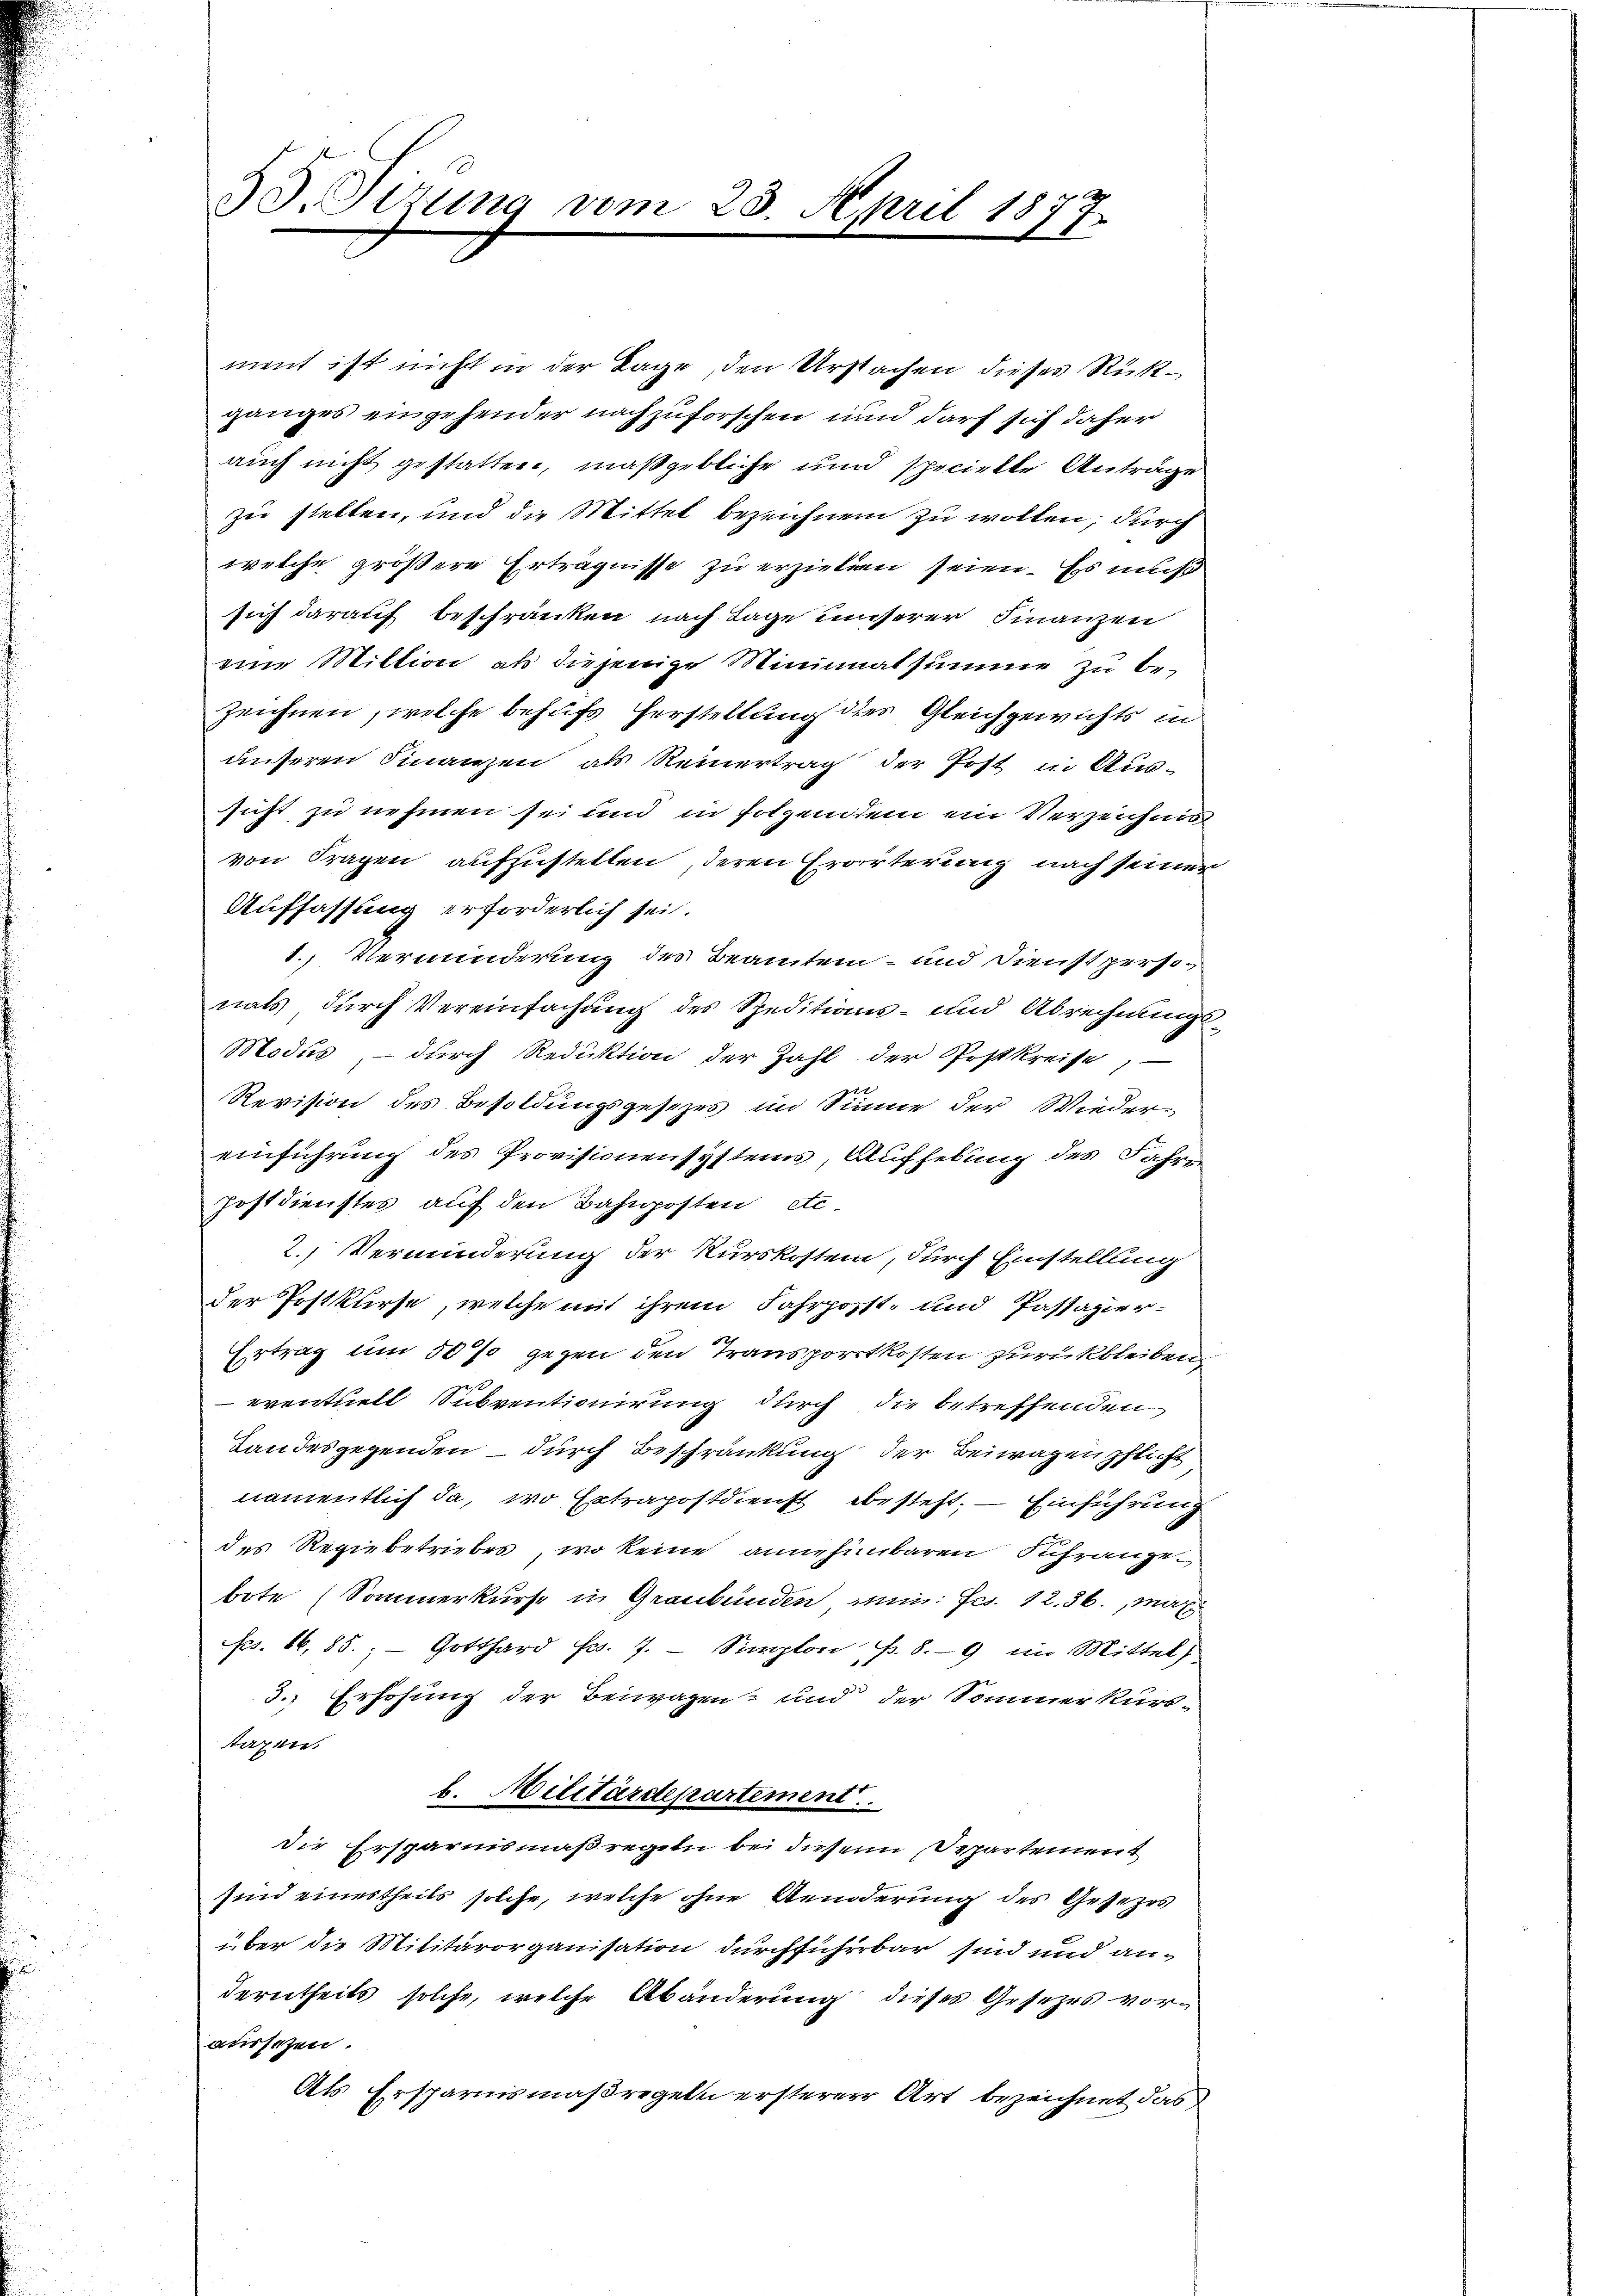
55. Sizung vom 28. April 1877

ment ist nicht in der Tage, den Ursachen dieses Rückganges eingehender nachzuforschen und darf sich daher
auch nicht gestatten, maßgebliche und specielle Anträge
zu stellen, und die Mittel bezeichnen zu wollen, durch
welche größere Erträgnisse zu erzielten seien. Es muß
sich darauf beschränken nach Lage unserer Finanzen
eine Million als diejenige Minimalsumme zu bezeichnen, welche behufs Herstellung des Gleichgewichts in
unseren Finanzen als Reinertrag der Post in Aussicht zu nehmen sei und in folgendem ein Verzeichnis
von Fragen aufzustellen, deren Erörterung nach seiner
Auffassung erforderlich sei.
1. Verminderung des Beamten – und Dienstperso
nats durch Vereinfachung des Speditions- und Abrechnungs¬
Modus – durch Reduktion der Zahl der Postkreise,
Revision des Besoldungsgesezes im Sinne der Wieder-
einführung des Provisionensystems, Aufhebung des Jahren
Postdienstes auf den Bahnposten etc.
2. Verminderung der Kurskosten, durch Einstellung
der Postkurse, welche mit ihrem Fahrpost- und Passagier-
Ertrag um 50% gegen den Transportkosten zurückbleiben
eventuell Subventionirung durch die betreffenden
Landesgegenden – durch Beschränkung der Beiwagen pflicht
namentlich da, wo Extrapostdienst besteht; — Einführung
des Regiebetriebes, wo keine annehmbaren Fuhrangebote (Sommerkurse in Graubünden an: Fco. 12. 36. Max
Fs. 16,85; Gotthard Fr. 7. Simplon p. 89 im Mittel,
3. Erhöhung der Beiwagen und der Sommer kurs¬
Taxen
b. Militärdepartement
die Ersparnismaßregeln bei diesem Departement
sind einestheils solche, welche ohne Aenderung des Gesezes
über die Militärorganisation durchsicherbar sind und anderntheits solche, welche Abänderung dieses Gesetzes voraussezen.
Als Ersparnismaßregeln ersterer Art bezeichnet das